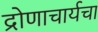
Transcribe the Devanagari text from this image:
द्रोणाचार्यचा